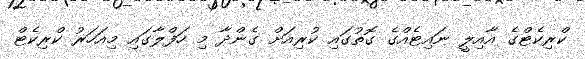
ކްރިކެޓްގެ އާއިލީ ނައިޓެއްގެ ގޮތުގައި ކުރިއަށް ގެންދާ މި ހަފްލާގައި މިއަހަރު ކްރިކެޓް